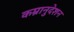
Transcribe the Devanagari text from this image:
कम्रानुदेशन